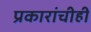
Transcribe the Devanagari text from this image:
प्रकारांचीही